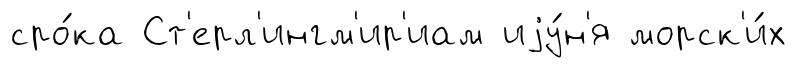
сро́ка Ст'ерл'ингм'ир'иам иjу́н'я морск'и́х